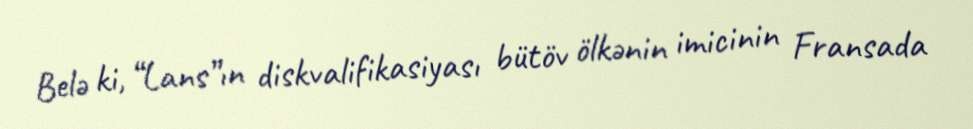
Belə ki, “Lans”ın diskvalifikasiyası bütöv ölkənin imicinin Fransada